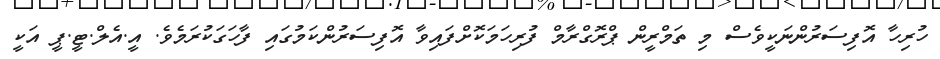
ހުރިހާ އޮފިސަރުންނަކީވެސް މި ތަމްރީން ޕްރޮގްރާމް ފުރިހަމަކޮށްފައިވާ އޮފިސަރުންކަމުގައި ފާހަގަކުރަމެވެ. އީ.އެލް.ޓީ.ޕީ އަކީ